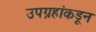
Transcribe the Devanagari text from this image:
उपग्रहांकडून